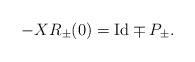
LaTeX: \begin{align*} -XR_\pm(0)={\rm Id}\mp P_\pm.\end{align*}